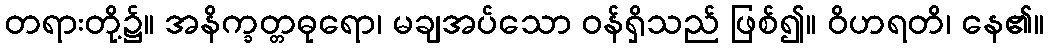
တရားတို့၌။ အနိက္ခတ္တဓုရော၊ မချအပ်သော ဝန်ရှိသည် ဖြစ်၍။ ဝိဟရတိ၊ နေ၏။